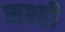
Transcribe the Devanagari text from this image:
सभ्ही